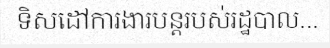
ទិសដៅការងារបន្តរបស់រដ្ឋបាល...